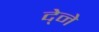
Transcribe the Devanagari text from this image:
दे्ने